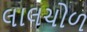
લાલચોળ